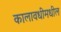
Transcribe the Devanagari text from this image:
कालावधीमधील